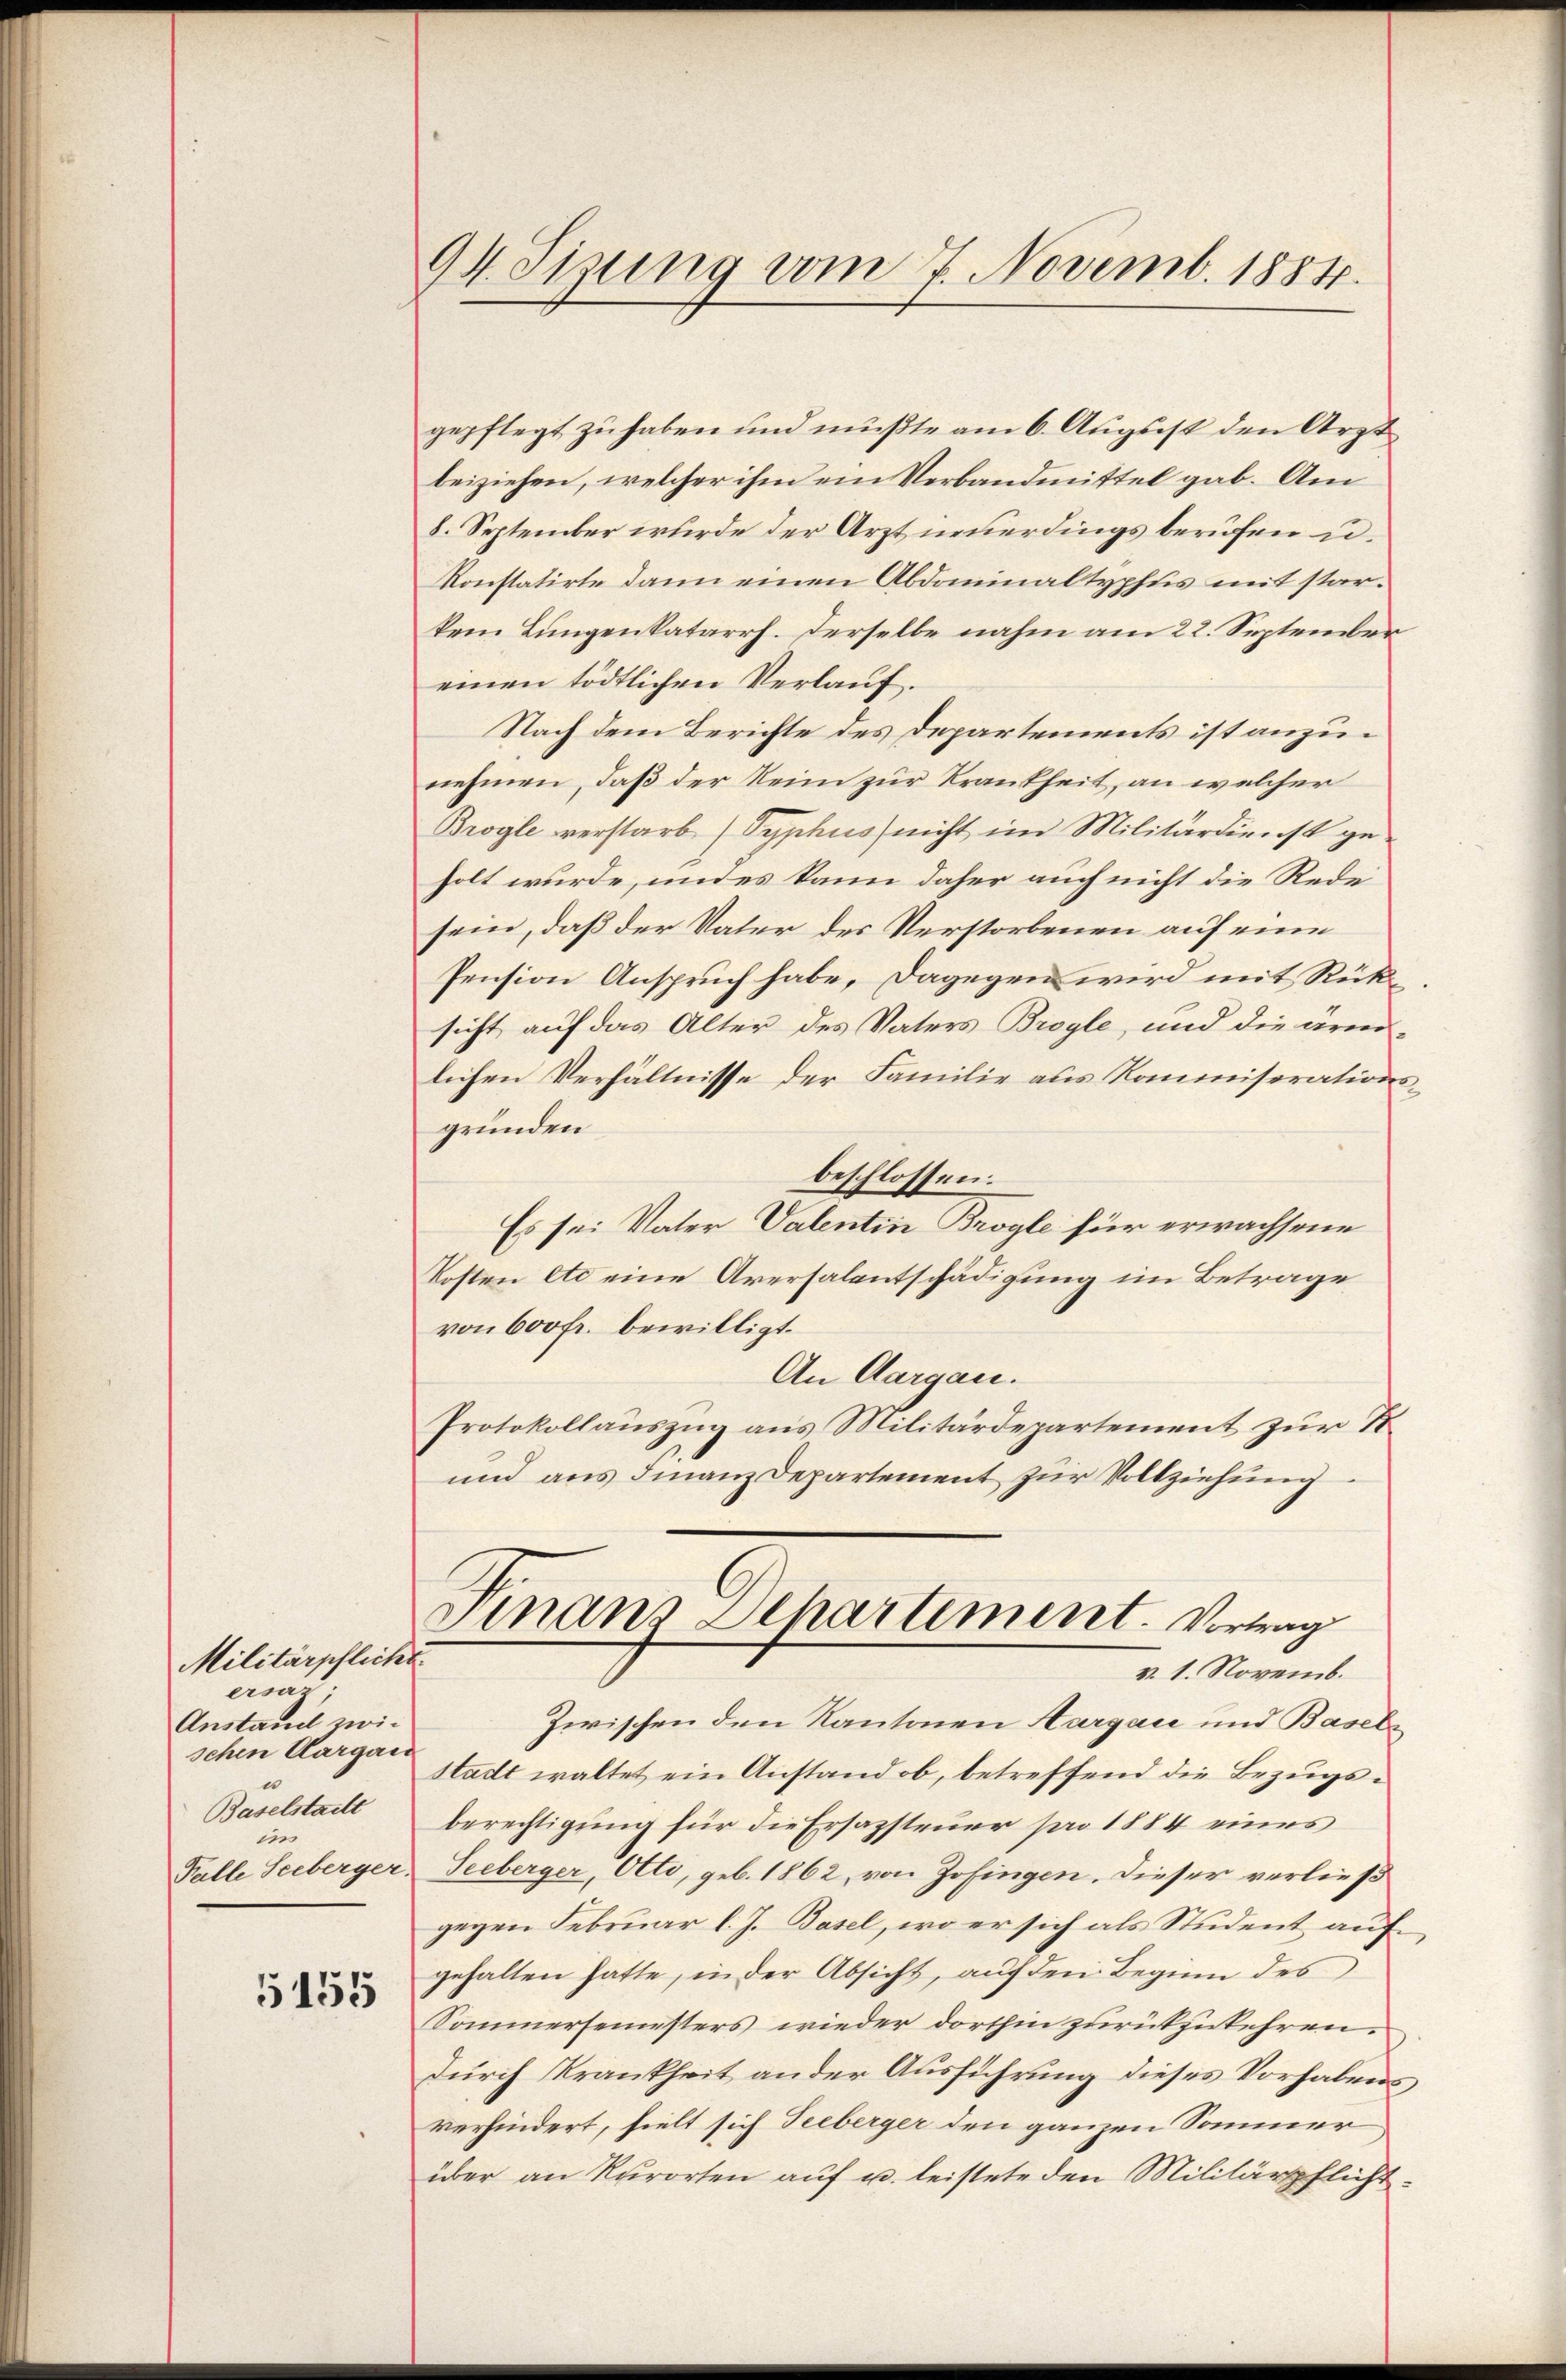
Militärpfliche
ersatz
Anstand zwischen Cargau
Baselstadt
in
Falle Seeberger.

5155

94 Sizung vom 7. Novemb. 1884.

gepflegt zu haben und müßte am 6. August den Arzt
beiziehen, welcher ihm ein Verbandmittel gab. Am
8. September wurde der Arzt neuerdings berufen u.
Konstatirte dann einen Abdominaltyphus mit starkein Lungenkatarrh. derselbe nahm am 22. September
einen tödtlichen Verlauf.
Nach dem Berichte des Departements ist anzunehmen, daß der Rein zur Krankheit, an welcher
Brogle verstarb (Typhus nicht im Militärdienst geholt wurde, und es kann daher auch nicht die Rede
sein, daß der Vater des Verstorbenen auf eine
Pension Anspruch habe, dagegen wird mit Rüksicht auf das Alter des Vaters Brogle, und die armlichen Verhältnisse der Familie aus Kommiserationsgründen
beschlossen:
Es sei Vater Valentin Brogle für erwachsene
Kosten etc eine Aversalentschädigung im Betrage
von 600 fr. bewilligt.
An Aargau.
Protokollauszug aus Militärdepartement zur R.
und aus Finanz Departement zur Vollziehung
Finans Departement. Vortrag
v. 1. Novemb.
Zwischen den Kantonen Aargau und Basels
stadt waltet ein Anstand ob, betreffend die Bezugsberechtigung für die Ersazsteuer pro 1884 eines
Seeberger, Otto, geb. 1862, von Zofingen. Dieser verließ
gegen Februar l. J. Basel, wo er sich als Student auf
gehalten hatte, in der Absicht, auf den Beginn des
Sommersemesters wieder dorthin zurückzukehren.
Durch Krankheit ander Ausführung dieses Vorhabens
verhindert, hielt sich Seeberger den ganzen Sommer
über an Kurorten auf u. leistete den Militärpflicht¬